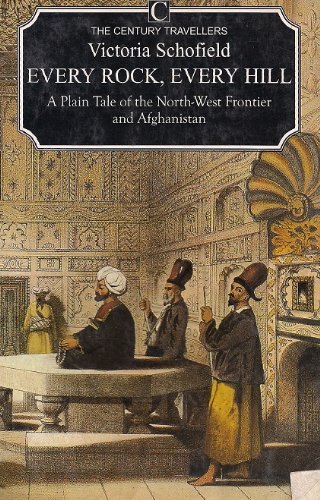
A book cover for Every Rock, Every Hill: Plain Tale of the North-west Frontier and Afghanistan (The Century Travellers); VICTORIA SCHOFIELD; Travel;